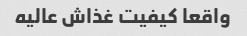
واقعا کیفیت غذاش عالیه